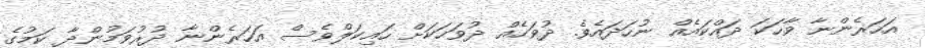
އަހަރެންނާ ވާހަކަ ދައްކައެއް ނުހަދައެވެ. ދުވަހެއް ދުވަހަކަށް ހައިކަލްވެސް އަހަރެންނާ ދުރުވަމުންދާ ކަމުގެ